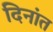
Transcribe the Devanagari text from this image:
दिनांत